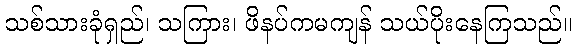
သစ်သားခုံရှည်၊ သကြား၊ ဖိနပ်ကမကျန် သယ်ပိုးနေကြသည်။